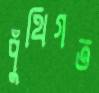
পুঁথিগত